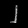
Digit: ၂